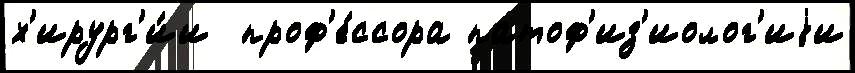
х'ирург'и́и  проф'е́ссора патоф'из'иолог'иjи